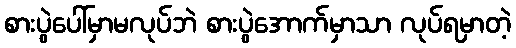
စားပွဲပေါ်မှာမလုပ်ဘဲ စားပွဲအောက်မှာသာ လုပ်ရမှာတဲ့